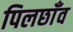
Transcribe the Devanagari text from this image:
पिलछाँव